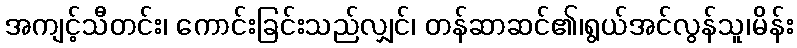
အကျင့်သီတင်း၊ ကောင်းခြင်းသည်လျှင်၊ တန်ဆာဆင်၏၊ရွယ်အင်လွန်သူ၊မိန်း